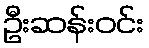
ဦးဆန်းဝင်း